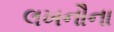
લખનૌના